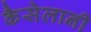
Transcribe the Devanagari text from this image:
कैसेलानी